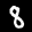
Label: 8